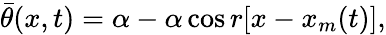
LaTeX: \bar{\theta}(x,t)=\alpha-\alpha\cos{r[x-x_{m}(t)]},